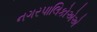
નગરપાલિકોએએ